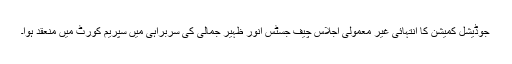
جوڈیشل کمیشن کا انتہائی غیر معمولی اجلاس چیف جسٹس انور ظہیر جمالی کی سربراہی میں سپریم کورٹ میں منعقد ہوا۔